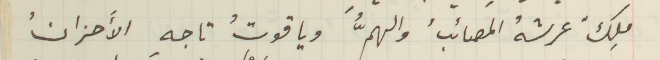
ملِكٌ عرشهُ المصائبُ والهمُّ وياقوتُ تاجهِ الأَحزانُ